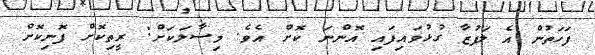
ފަހަތުން އެ ލަފުޒާ ގުޅުވައިފައި އޮންނަ ކޮށް އެވެ. މިސާލަކަށް: ރީތިކޮށް ފޮނިކޮށް